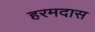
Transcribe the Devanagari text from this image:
हरमदास